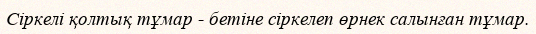
Сіркелі қолтық тұмар - бетіне сіркелеп өрнек салынған тұмар.